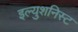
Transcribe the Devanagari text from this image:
इल्युशनिस्ट